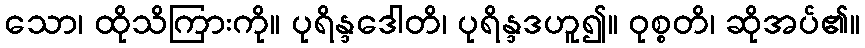
သော၊ ထိုသိကြားကို။ ပုရိန္ဒဒေါတိ၊ ပုရိန္ဒဒဟူ၍။ ဝုစ္စတိ၊ ဆိုအပ်၏။